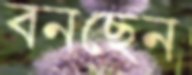
বনছেন